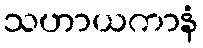
သဟာယကာနံ